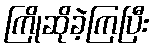
ကြိုဆိုခဲ့ကြပြီး